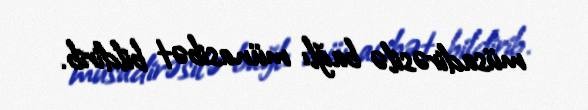
müsadirəsilə bağlı münasibət bildirib.